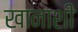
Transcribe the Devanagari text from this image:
खानाशी